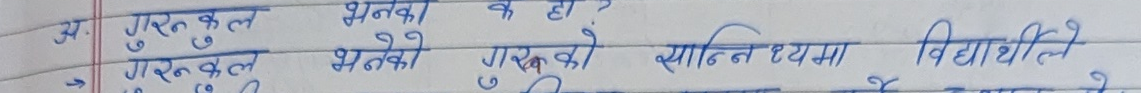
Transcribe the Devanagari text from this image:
अ. गुरुकुल भनेको के हो ?
गुरुकुल भनेको गुरुको सान्निध्यमा विद्यार्थीले